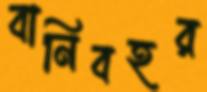
বানিবহর